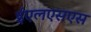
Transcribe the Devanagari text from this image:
ईएलएसएस